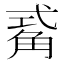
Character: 𮗫